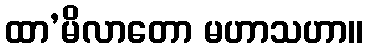
ထာ’မိလာတော မဟာသဟာ။